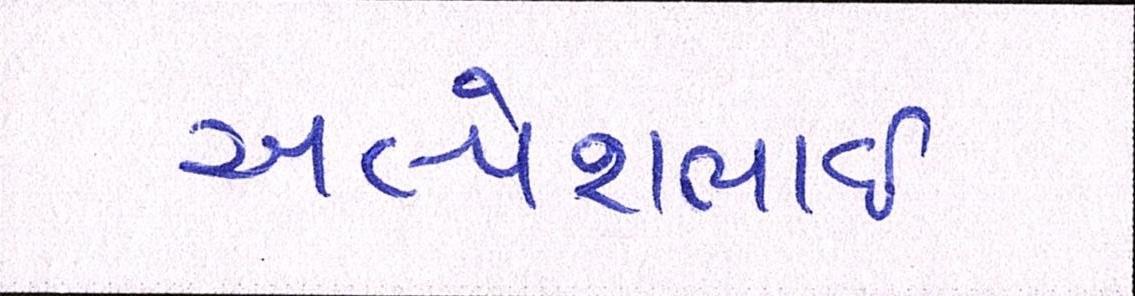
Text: અલ્પેશભાઇ